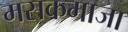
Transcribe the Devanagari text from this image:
मसकमाजा